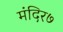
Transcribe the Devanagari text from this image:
मंदिर७